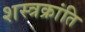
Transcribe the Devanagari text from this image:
शस्त्रक्रांति